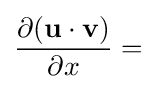
{\frac {\partial (\mathbf {u} \cdot \mathbf {v} )}{\partial x}}=